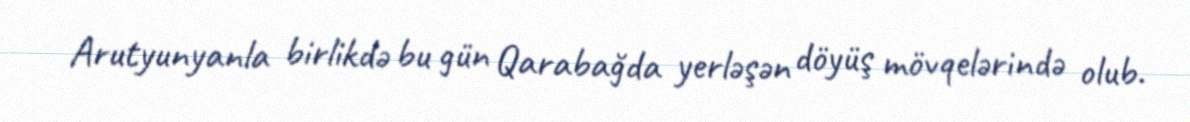
Arutyunyanla birlikdə bu gün Qarabağda yerləşən döyüş mövqelərində olub.